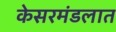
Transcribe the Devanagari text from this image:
केसरमंडलात